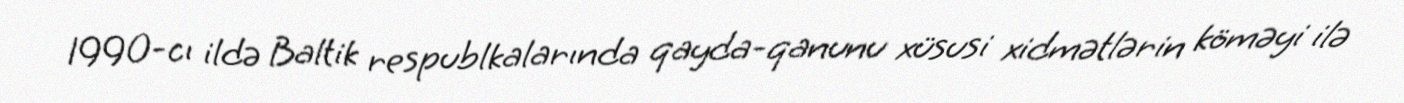
1990-cı ildə Baltik respublkalarında qayda-qanunu xüsusi xidmətlərin köməyi ilə